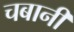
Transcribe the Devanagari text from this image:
चबानी